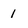
Character: 1